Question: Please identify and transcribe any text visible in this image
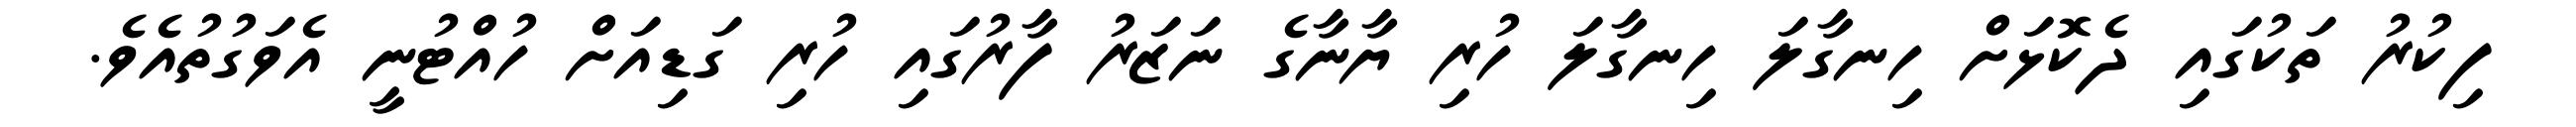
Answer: ފިކުރު ތަކުގައި ދެކޮޅަށް ހިނގާލަ ހިނގާލަ ހުރި ޔާނާގެ ނަޒަރު ފާރުގައި ހުރި ގަޑިއަށް ހުއްޓުނީ އެވަގުތުއެވެ.